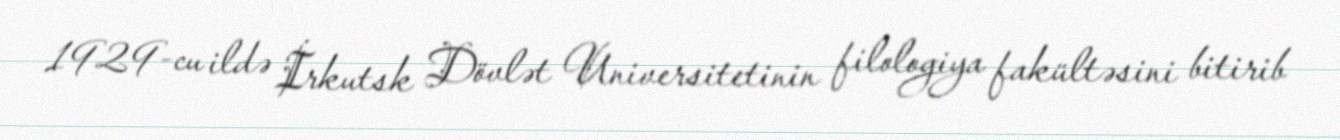
1929-cu ildə İrkutsk Dövlət Universitetinin filologiya fakültəsini bitirib